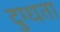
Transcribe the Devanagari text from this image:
दुग्धता